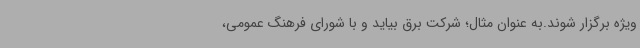
ویژه برگزار شوند.به عنوان مثال؛ شرکت برق بیاید و با شورای فرهنگ عمومی،